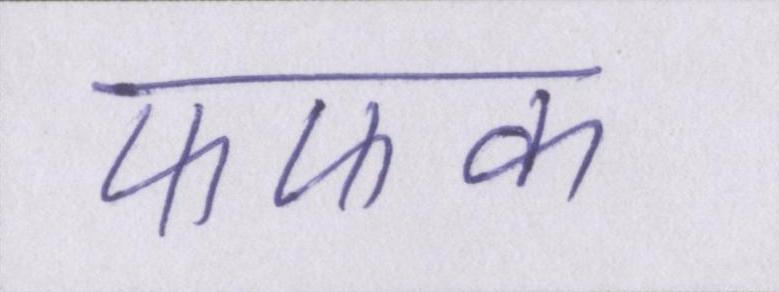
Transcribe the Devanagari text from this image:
फफक